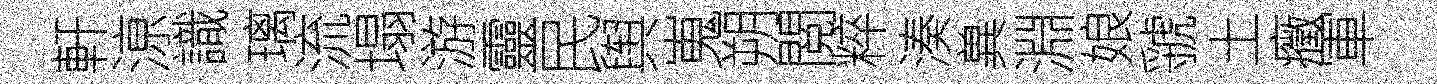
軒鿌識璃流塌游靈民舆嵬朔閲粹湊兾淵娘虢土癥軍